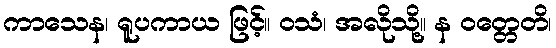
ကာသေန၊ ရူပကာယ ဖြင့်။ ဝသံ၊ အလိုသို့။ န ဝတ္တေတိ၊